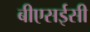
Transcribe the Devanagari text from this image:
बीएसईसी